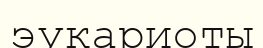
эукариоты